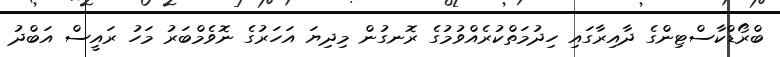
ބްރޯޑްކާސްޓިންގެ ދާއިރާގައި ހިދުމަތްކުރެއްވުމުގެ ރޮނގުން މިދިޔަ އަހަރުގެ ނޮވެމްބަރު މަހު ރައީސް އަބްދު